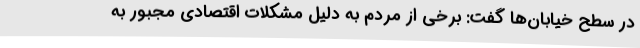
در سطح خیابان‌ها گفت: برخی از مردم به دلیل مشکلات اقتصادی مجبور به